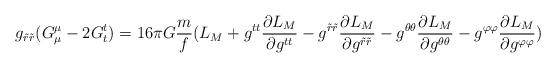
LaTeX: \begin{align*}g_{\tilde{r}\tilde{r}}(G^{\mu}_{\mu}-2G^{t}_{t})=16\pi G\frac{m}{f}(L_M+g^{tt}\frac{\partial L_M}{\partial g^{tt}}-g^{\tilde{r}\tilde{r}}\frac{\partial L_M}{\partial g^{\tilde{r}\tilde{r}}}-g^{\theta\theta}\frac{\partial L_M}{\partial g^{\theta\theta}}-g^{\varphi\varphi}\frac{\partial L_M}{\partial g^{\varphi\varphi}})\end{align*}